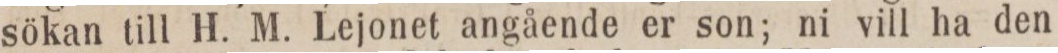
sökan till H. M. Lejonet angående er son; ni vill ha den